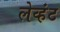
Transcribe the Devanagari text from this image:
लेव्हंट